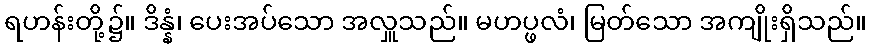
ရဟန်းတို့၌။ ဒိန္နံ၊ ပေးအပ်သော အလှူသည်။ မဟပ္ဖလံ၊ မြတ်သော အကျိုးရှိသည်။